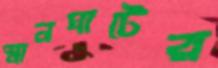
স্নানঘাটের